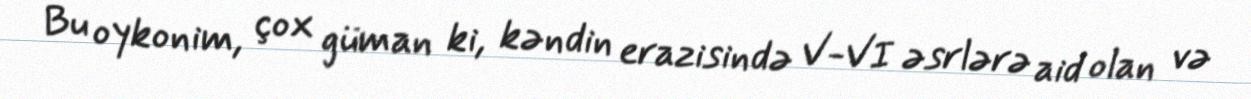
Bu oykonim, çox güman ki, kəndin erazisində V-VI əsrlərə aid olan və